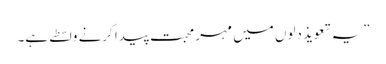
”یہ تعویذ دلوں میں مہر محبت پیدا کرنے واسطے ہے۔